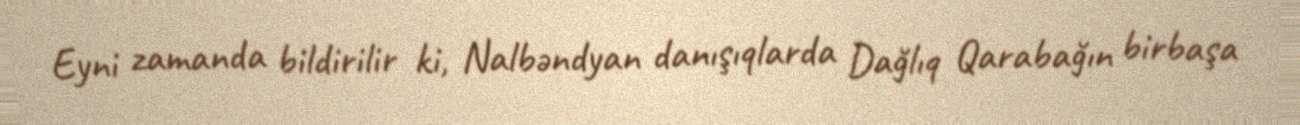
Eyni zamanda bildirilir ki, Nalbəndyan danışıqlarda Dağlıq Qarabağın birbaşa